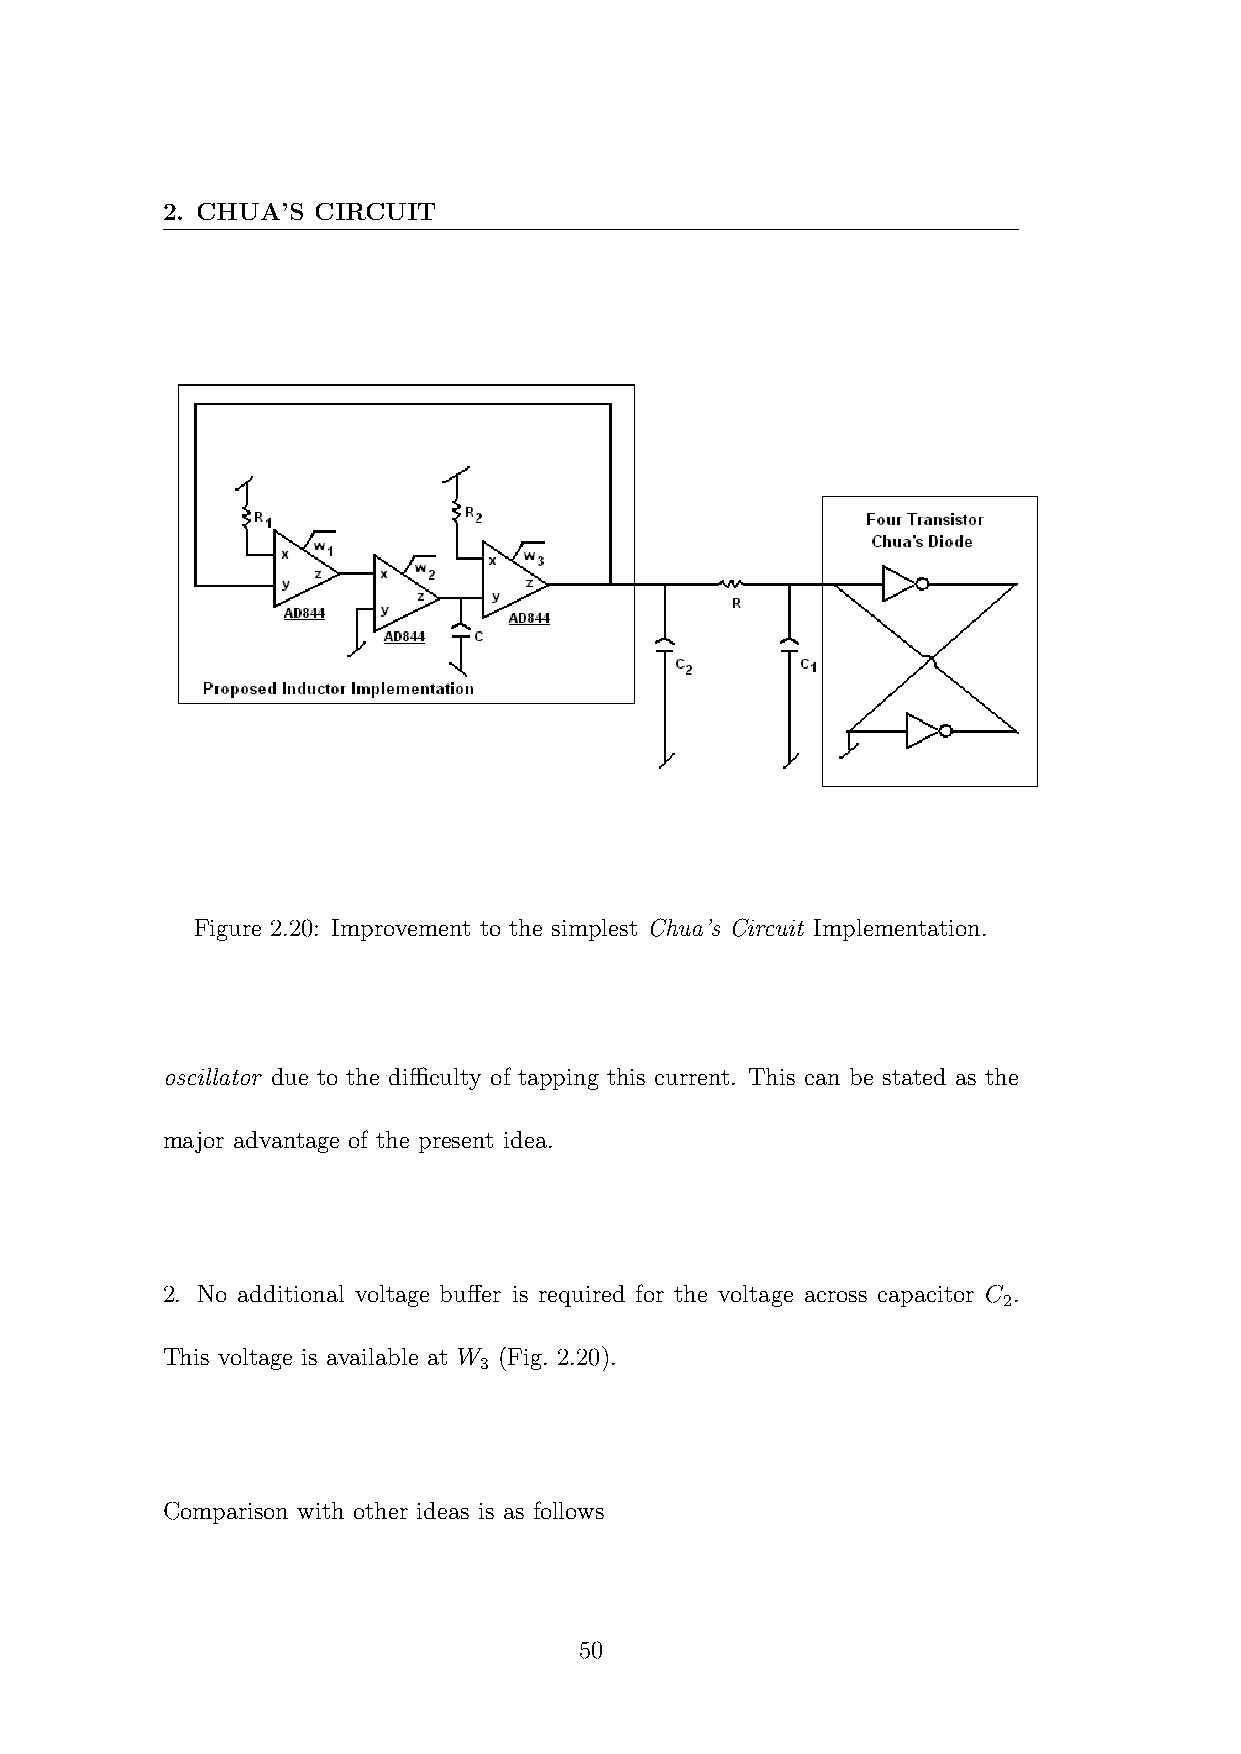
2. CHUA’S CIRCUIT
 Figure 2.20: Improvement to the simplest Chua’s Circuit Implementation.
 oscillator due to the difficulty of tapping this current. This can be stated as the
 major advantage of the present idea.
 2. No additional voltage buffer is required for the voltage across capacitor C .
 2
 This voltage is available at W (Fig. 2.20).
 3
 Comparison with other ideas is as follows
 50